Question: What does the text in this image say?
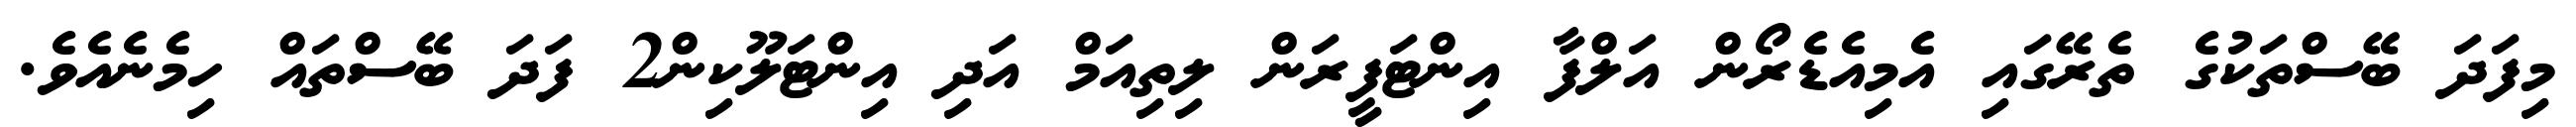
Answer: މިފަދަ ބޭސްތަކުގެ ތެރޭގައި އެމިއެޑެރޯން އަލްފާ އިންޓަފީރަން ލިތިއަމް އަދި އިންޓަލޫކިން2 ފަދަ ބޭސްތައް ހިމެނެއެވެ.